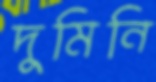
দুমিনি